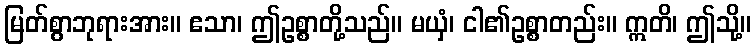
မြတ်စွာဘုရားအား။ ဧသာ၊ ဤဥစ္စာတို့သည်။ မယှံ၊ ငါ၏ဥစ္စာတည်း။ ဣတိ၊ ဤသို့။